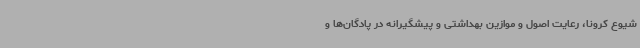
شیوع کرونا، رعایت اصول و موازین بهداشتی و پیشگیرانه در پادگان‌ها و